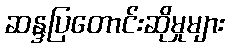
ဆန္ဒပြတောင်းဆိုမှုများ